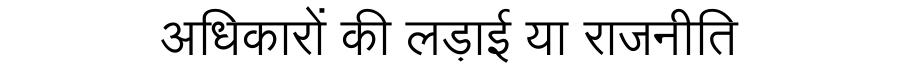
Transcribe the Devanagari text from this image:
अधिकारों की लड़ाई या राजनीति